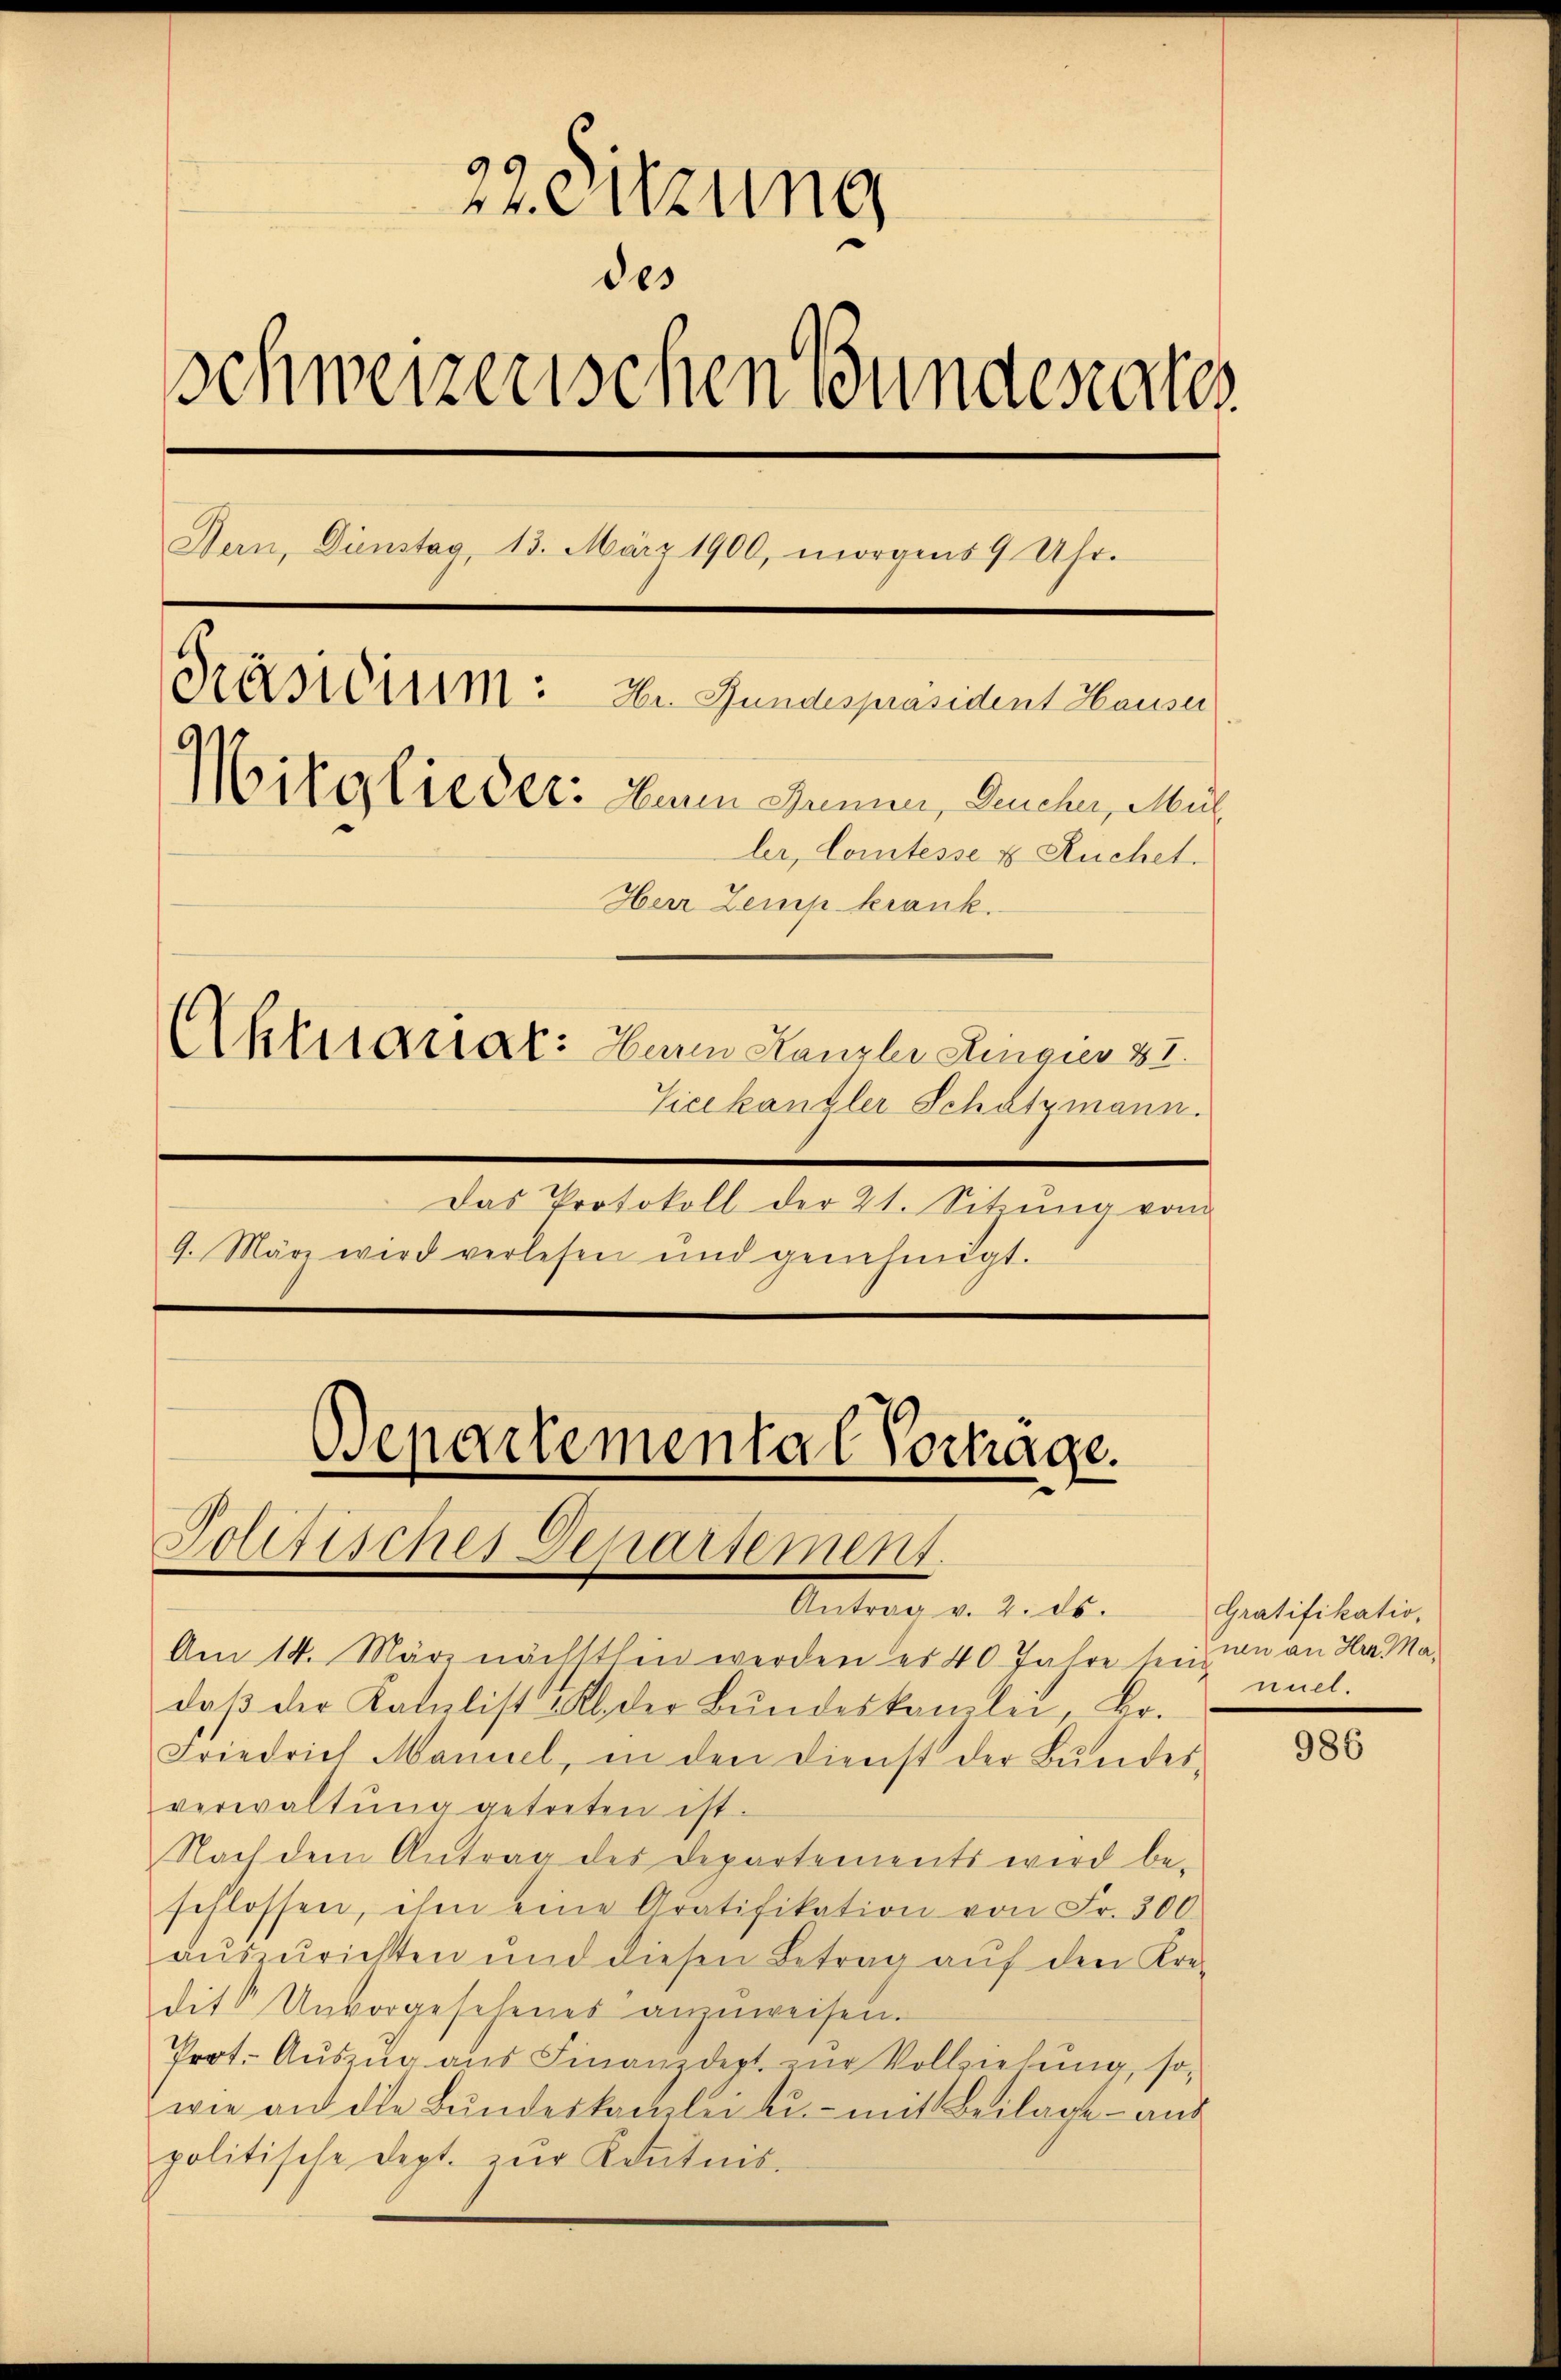
22. Sitzung
des
Schweizerischen Bundesrates
Stern, Dienstag, 13. März 1900, morgens 9 Uhr-
Präsidium. In Gundespräsident Hauser
Mitglieder. Denn denen, Deucher, Mül
ler, Comtesse & Ruchet.
Herr Zemp krank.
Aktuanat: Herrn Kanzlei Ringier 37.
Vieekanzler Schatzmann.
Das Protokoll der 21. Sitzŭng vom
9. März wird verlesen und genehmigt.

Departemental Vortrage.
Politisches Deparsement.
Antrag v. 2. ds.

Am 14. März nächsthin werden es 40 Jahre sein, in an Hrn. Madaβ der Katalist u. der Bŭndeskamlei, Br.
Friedrich Maniel, in den Dienst der Bŭndes-
verwaltŭng getreten ist.
Nach dem Antrag des Departements wird be-
schlossen, ihm eine Aratifikation von Fr. 500
aŭszŭrichten und diesen Betrag aŭf den Kre-
dit Unvorgesehenes anzŭweisen.
Prot. Aŭszŭg aŭs Finanzdeptur Vollziehung, so
wie an die Bundeskanzlei zu - mit Beilage – aus
politische Dept. zŭr Kenntnis-

Gratifikatio,
miel.

986